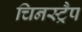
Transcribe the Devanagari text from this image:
चिनस्ट्रैप